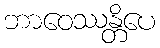
ဘာဝေဿန္တိပေ